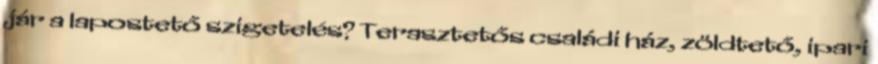
jár a lapostető szigetelés? Terasztetős családi ház, zöldtető, ipari